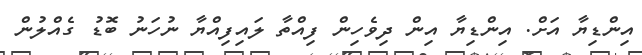
އިންޑިޔާ އަށް. އިންޑިޔާ އިން ދިވެހިން ފިއްތާ ލައިފިއްޔާ ނުހަނު ބޮޑު ގެއްލުން